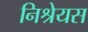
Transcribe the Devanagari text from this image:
निश्रेयस